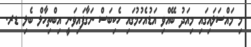
މި މައްސަލައިގައި މިއަދު ބޭއްވި އަޑުއެހުމުގައި ހެކިބަސް ނަގާފައިވަނީ އިބްތިހާލް ބެލި ޑރ.